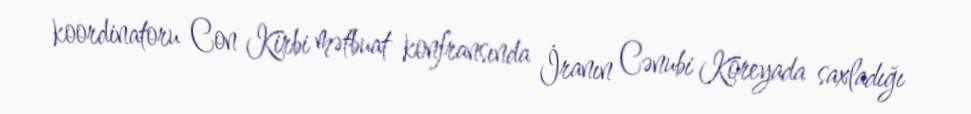
koordinatoru Con Kirbi mətbuat konfransında İranın Cənubi Koreyada saxladığı